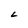
Character: L